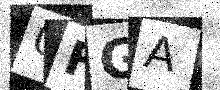
Text: 0FGA